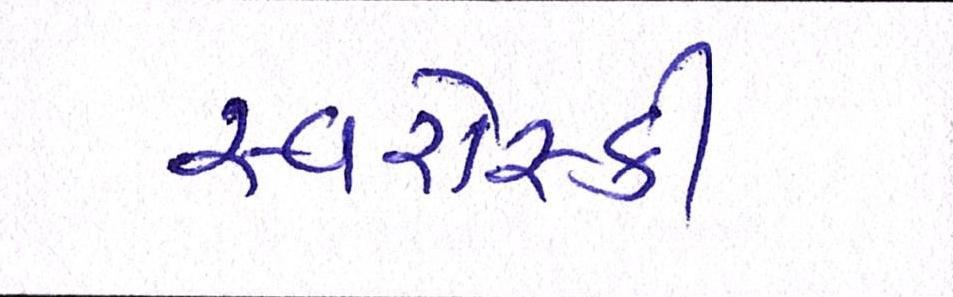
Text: સ્વરોસ્કી